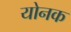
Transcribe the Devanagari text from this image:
योनक